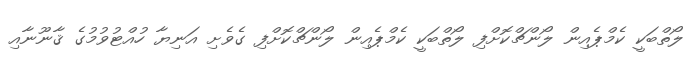
ލޯތްބަކީ ކެމްޕެއިން ލޯންޗްކޮށްފި ލޯތްބަކީ ކެމްޕެއިން ލޯންޗްކޮށްފި ގެވެށި އަނިޔާ ހުއްޓުވުމުގެ ޤާނޫނާއި